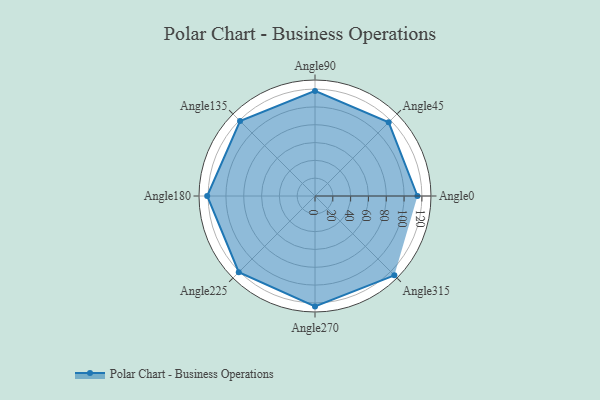
{"axis": {"x": "Angle", "y": "Radius"}, "legend": [""], "data": [{"x": "Angle0", "y": 115.0, "type": ""}, {"x": "Angle45", "y": 117.0, "type": ""}, {"x": "Angle90", "y": 118.0, "type": ""}, {"x": "Angle135", "y": 119.0, "type": ""}, {"x": "Angle180", "y": 121.0, "type": ""}, {"x": "Angle225", "y": 121.0, "type": ""}, {"x": "Angle270", "y": 124.0, "type": ""}, {"x": "Angle315", "y": 126.0, "type": ""}]}